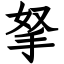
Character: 拏